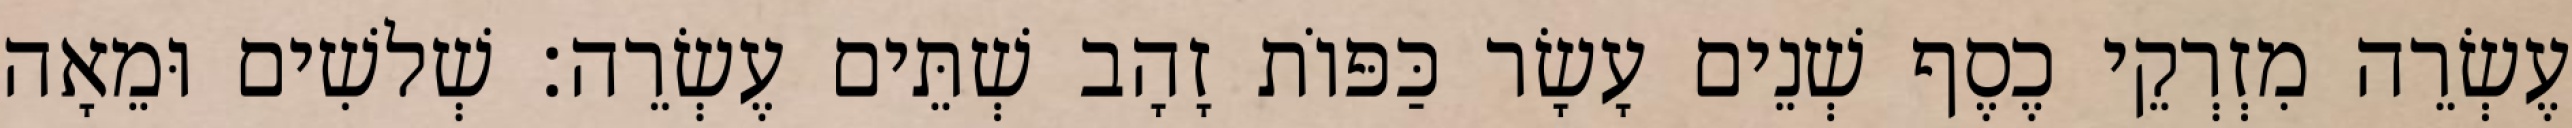
עֶשְׂרֵה מִזְרְקֵי כֶסֶף שְׁנֵים עָשָׂר כַּפּוֹת זָהָב שְׁתֵּים עֶשְׂרֵה׃ שְׁלשִׁים וּמֵאָה